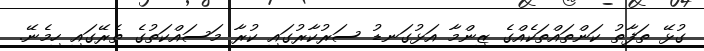
ގުޅޭ ތަފާތު ކަންތައްތަކެއްގެ ޒިންމާ އަޅުގަނޑު ސަރުކާރުގައި ކުރާ މަސައްކަތުގެ ތެރޭގައި ހިމެނޭ.